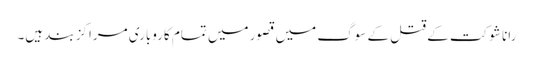
رانا شوکت کے قتل کے سوگ میں قصور میں تمام کاروباری مراکز بند ہیں۔